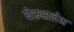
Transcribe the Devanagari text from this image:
येरूसलेभ